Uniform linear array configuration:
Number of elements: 12
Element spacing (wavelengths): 1
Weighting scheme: cosine
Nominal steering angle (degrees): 15
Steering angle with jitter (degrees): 15.089
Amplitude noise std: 0.05
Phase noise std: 0.05

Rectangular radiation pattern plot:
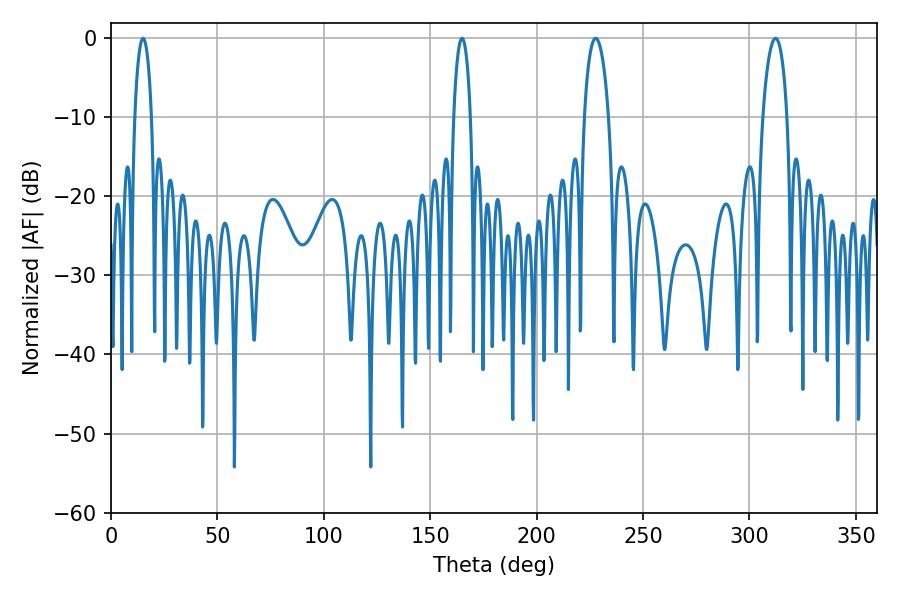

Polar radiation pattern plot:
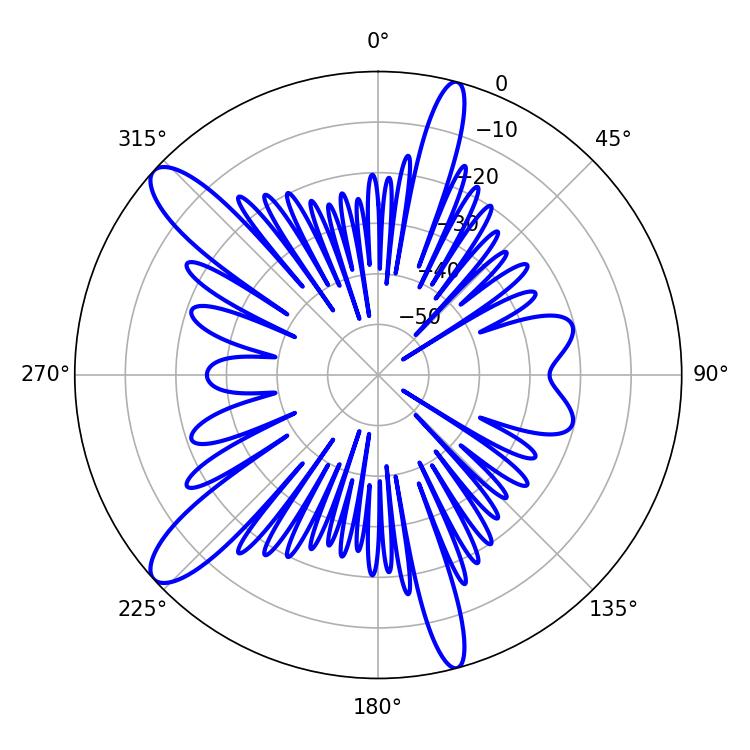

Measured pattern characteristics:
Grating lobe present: TRUE
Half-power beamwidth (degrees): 6.48
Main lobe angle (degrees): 227.7